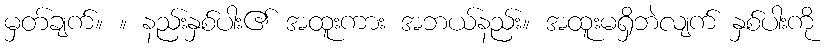
မှတ်ချက်။ ။ နည်းနှစ်ပါး၏ အထူးကား အဘယ်နည်း။ အထူးမရှိဘဲလျက် နှစ်ပါးကို